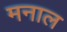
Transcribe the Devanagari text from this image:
मनाल